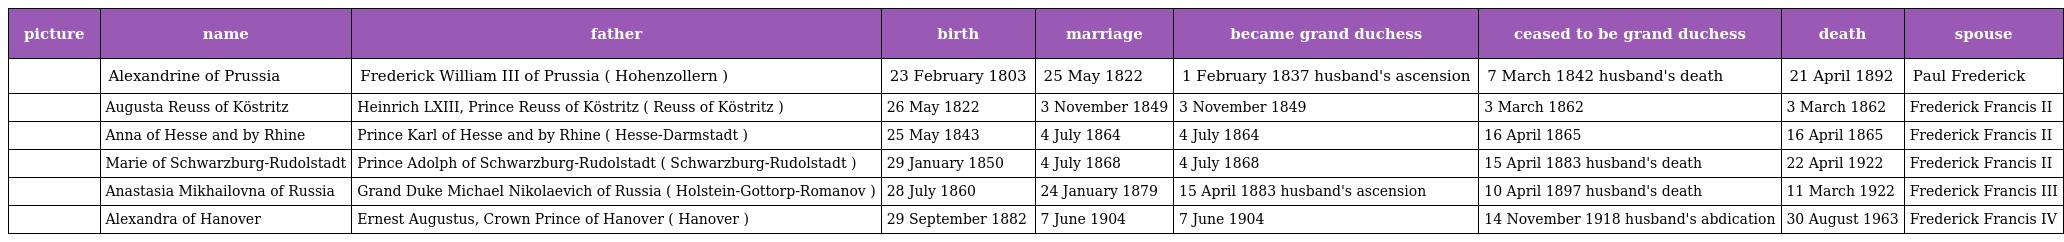
| picture | name | father | birth | marriage | became grand duchess | ceased to be grand duchess | death | spouse |
 | --- | --- | --- | --- | --- | --- | --- | --- | --- |
 |  | Alexandrine of Prussia | Frederick William III of Prussia ( Hohenzollern ) | 23 February 1803 | 25 May 1822 | 1 February 1837 husband's ascension | 7 March 1842 husband's death | 21 April 1892 | Paul Frederick |
 |  | Augusta Reuss of Köstritz | Heinrich LXIII, Prince Reuss of Köstritz ( Reuss of Köstritz ) | 26 May 1822 | 3 November 1849 | 3 November 1849 | 3 March 1862 | 3 March 1862 | Frederick Francis II |
 |  | Anna of Hesse and by Rhine | Prince Karl of Hesse and by Rhine ( Hesse-Darmstadt ) | 25 May 1843 | 4 July 1864 | 4 July 1864 | 16 April 1865 | 16 April 1865 | Frederick Francis II |
 |  | Marie of Schwarzburg-Rudolstadt | Prince Adolph of Schwarzburg-Rudolstadt ( Schwarzburg-Rudolstadt ) | 29 January 1850 | 4 July 1868 | 4 July 1868 | 15 April 1883 husband's death | 22 April 1922 | Frederick Francis II |
 |  | Anastasia Mikhailovna of Russia | Grand Duke Michael Nikolaevich of Russia ( Holstein-Gottorp-Romanov ) | 28 July 1860 | 24 January 1879 | 15 April 1883 husband's ascension | 10 April 1897 husband's death | 11 March 1922 | Frederick Francis III |
 |  | Alexandra of Hanover | Ernest Augustus, Crown Prince of Hanover ( Hanover ) | 29 September 1882 | 7 June 1904 | 7 June 1904 | 14 November 1918 husband's abdication | 30 August 1963 | Frederick Francis IV |